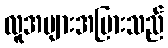
လူအများအပြားသည်